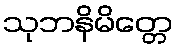
သုဘနိမိတ္တေ